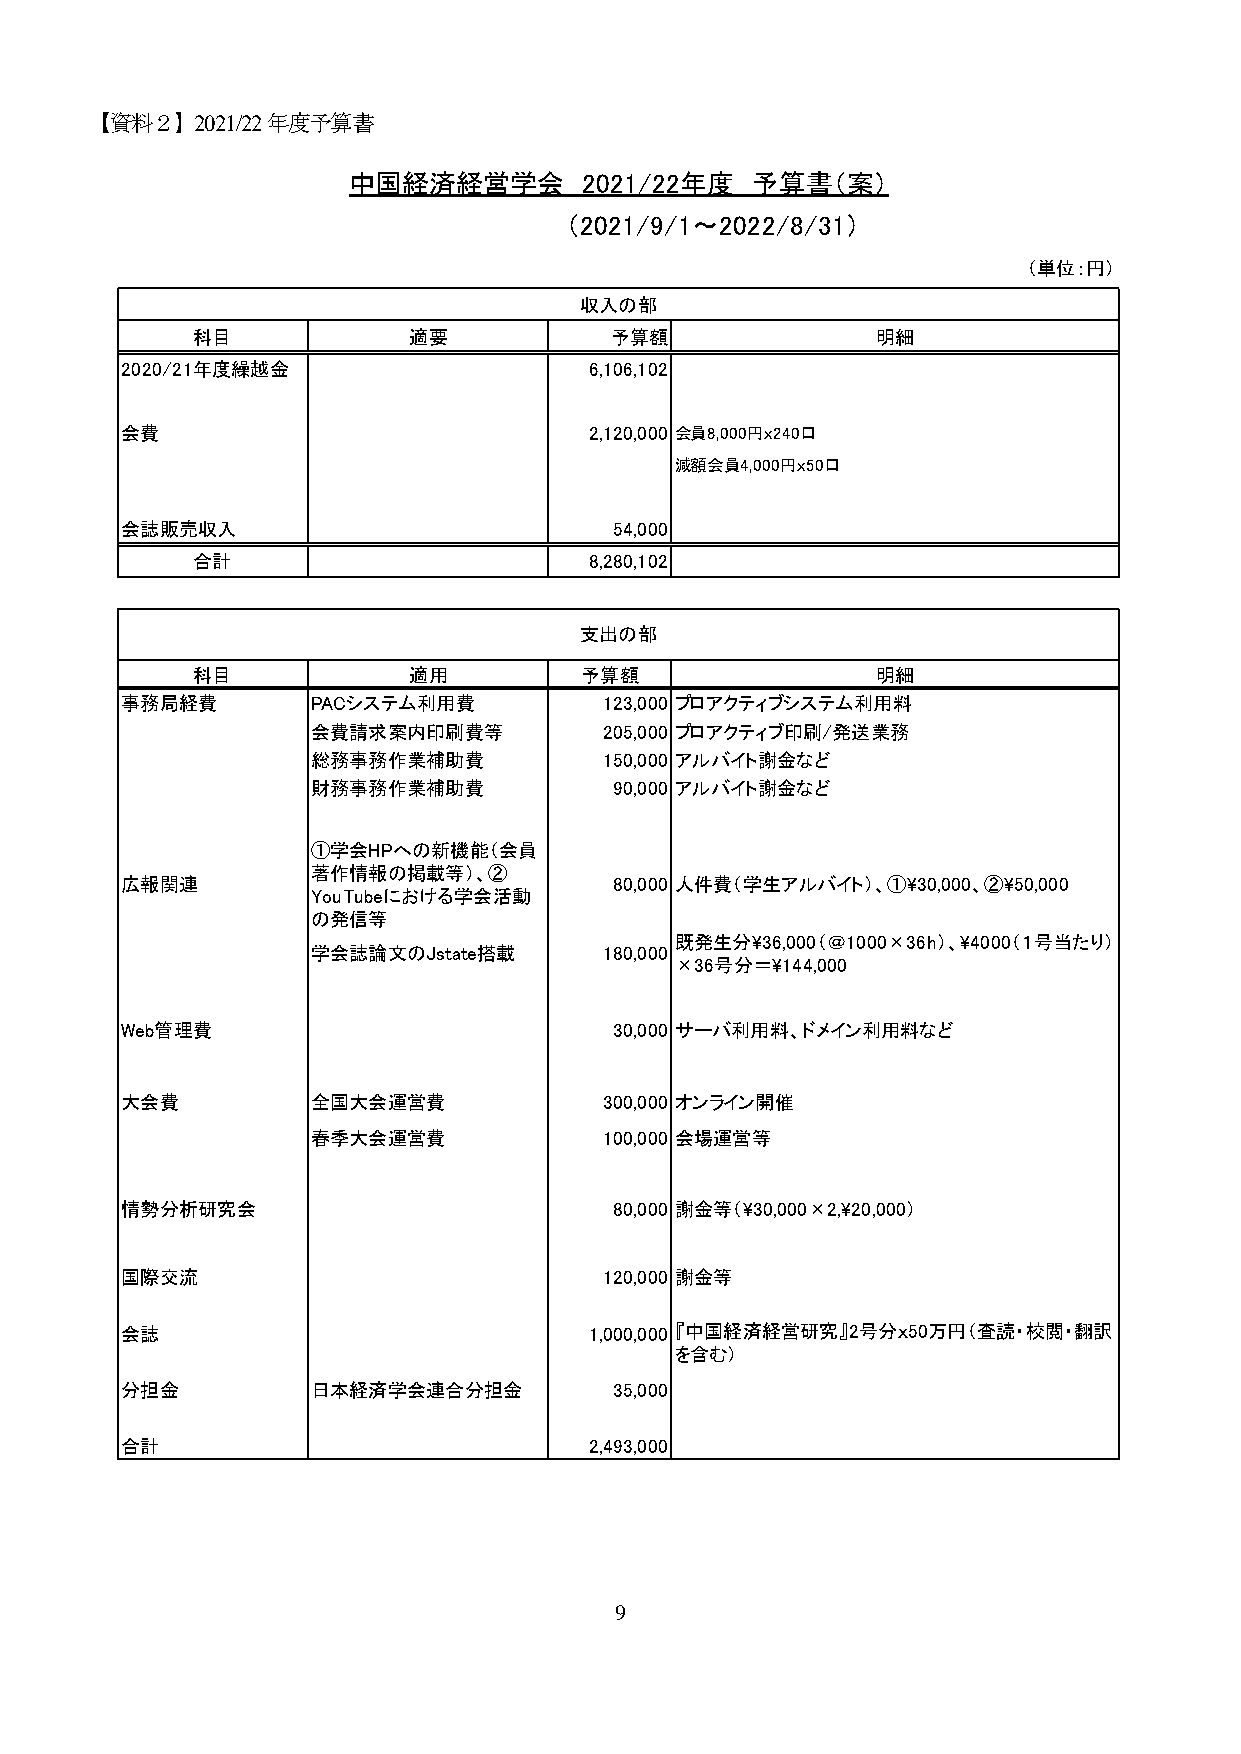
【資料２】2021/22年度予算書
 中国経済経営学会        2021/22年度  予算書（案）
 （2021/9/1～2022/8/31）
 （単位：円）
 収入の部
 科目            適要           予算額               明細
 2020/21年度繰越金                   6,106,102
 会費                             2,120,000 会員8,000円ｘ240口
 減額会員4,000円ｘ50口
 会誌販売収入                           54,000
 合計                        8,280,102
 支出の部
 科目            適用         予算額                 明細
 事務局経費        PACシステム利用費         123,000 プロアクティブシステム利用料
 会費請求案内印刷費等         205,000 プロアクティブ印刷/発送業務
 総務事務作業補助費          150,000 アルバイト謝金など
 財務事務作業補助費           90,000 アルバイト謝金など
 ①学会HPへの新機能（会員
 著作情報の掲載等）、②
 広報関連                             80,000 人件費（学生アルバイト）、①\30,000、②\50,000
 YouTubeにおける学会活動
 の発信等
 既発生分\36,000（＠1000×36h）、\4000（１号当たり）
 学会誌論文のJstate搭載     180,000
 ×36号分＝\144,000
 Web管理費                           30,000 サーバ利用料、ドメイン利用料など
 大会費          全国大会運営費            300,000 オンライン開催
 春季大会運営費            100,000 会場運営等
 情勢分析研究会                          80,000 謝金等（\30,000×2,\20,000）
 国際交流                            120,000 謝金等
 会誌                             1,000,000 『中国経済経営研究』2号分ｘ50万円（査読・校閲・翻訳
 を含む）
 分担金          日本経済学会連合分担金         35,000
 合計                             2,493,000
 9